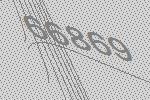
66869